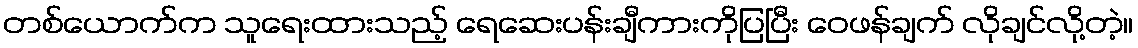
တစ်ယောက်က သူရေးထားသည့် ရေဆေးပန်းချီကားကိုပြပြီး ဝေဖန်ချက် လိုချင်လို့တဲ့။